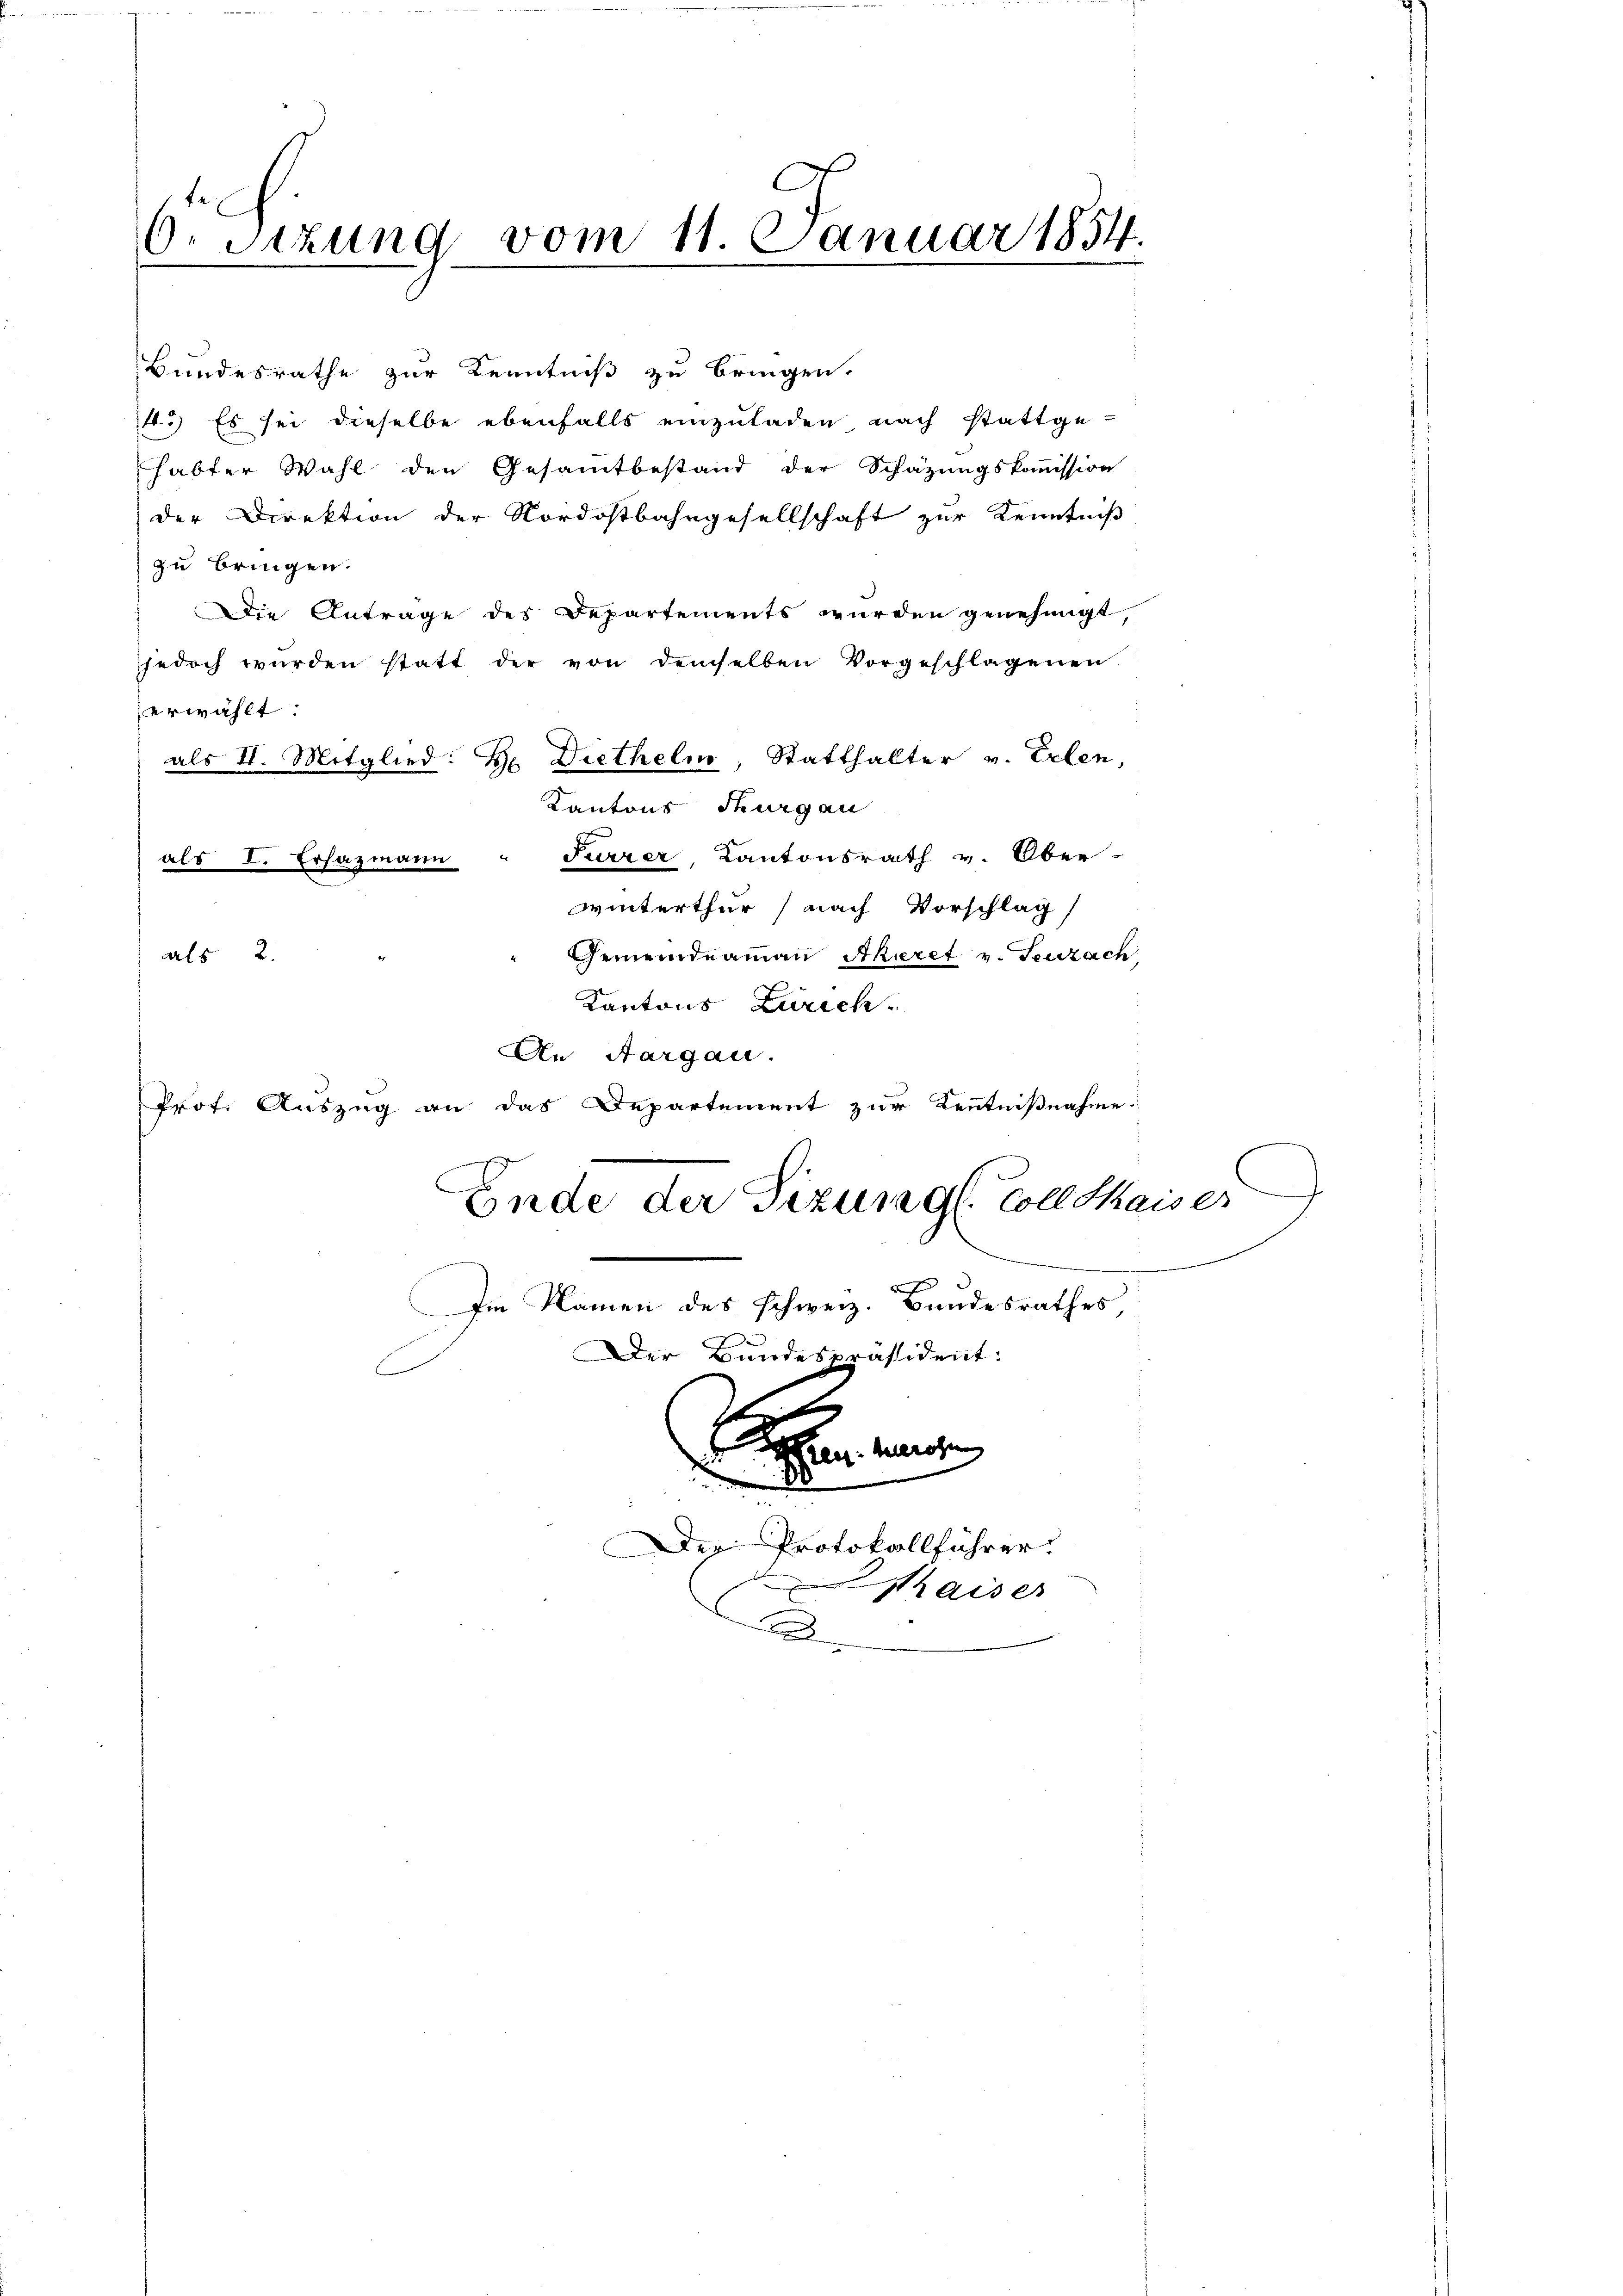
6. Sitzung vom 11. Januar 1854.

Bundesrathe zur Kenntniß zu bringen.
4.) Es sei dieselbe ebenfalls einzuladen nach stattge-
habter Wahl den Gesammtbestand der Schazungskommission
der Direktion der Nordostbahngesellschaft zur Kenntniß
zu bringen.
Die Antrage des Departements wurden genehmigt
jedoch würden statt der von demselben Vorgeschlagenen
erwählt:
als II. Mitglied: B. Diethelm, Statthalter v. Erlen,
Kantons Thurgau
Furrer, Kantonsrath v. Ober-
als I. Ersazmann
winterthur nach Vorschlag
als 2.
Gemeindeammann Akeret v. Seuzach
Kantons Zürich.
An Aargau.
Prof. Auszug an das Departement zur Kenntnißnahme.
Ende der Tizung l. Coll Kaiser
.
Im Namen des schweiz. Bundesrathes
Der Bundespräsident:
e
gen. Merosen
.
.
10
Der Protokollführer

aiser

)